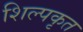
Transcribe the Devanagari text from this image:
शिल्पकृत